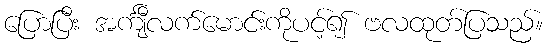
ပြောပြီး အင်္ကျီလက်မောင်းကိုပင့်၍ ဗလထုတ်ပြသည်။